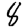
Digit: 8